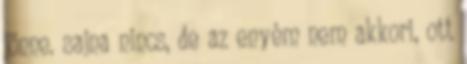
jönne. sajna nincs, de az enyém nem akkori, ott